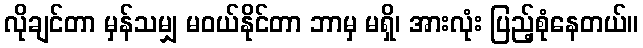
လိုချင်တာ မှန်သမျှ မဝယ်နိုင်တာ ဘာမှ မရှိ၊ အားလုံး ပြည့်စုံနေတယ်။